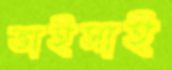
ভাইসাই